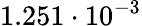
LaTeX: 1.251\cdot 10^{-3}